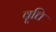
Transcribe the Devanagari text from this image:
वॄत्ति